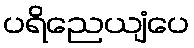
ပရိညေယျံပေ